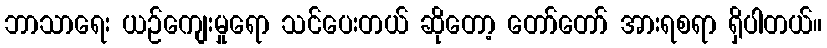
ဘာသာရေး ယဉ်ကျေးမှုရော သင်ပေးတယ် ဆိုတော့ တော်တော် အားရစရာ ရှိပါတယ်။